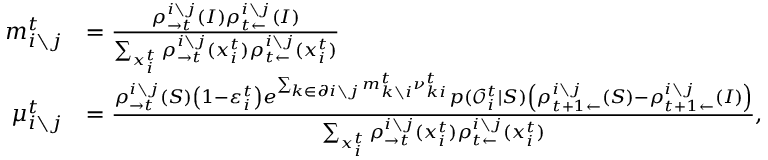
\begin{array} { r l } { m _ { i \setminus j } ^ { t } } & { = \frac { \rho _ { \rightarrow t } ^ { i \setminus j } ( I ) \rho _ { t \leftarrow } ^ { i \setminus j } ( I ) } { \sum _ { x _ { i } ^ { t } } \rho _ { \rightarrow t } ^ { i \setminus j } ( x _ { i } ^ { t } ) \rho _ { t \leftarrow } ^ { i \setminus j } ( x _ { i } ^ { t } ) } } \\ { \mu _ { i \setminus j } ^ { t } } & { = \frac { \rho _ { \rightarrow t } ^ { i \setminus j } ( S ) \left( 1 - \varepsilon _ { i } ^ { t } \right) e ^ { \sum _ { k \in \partial i \setminus j } m _ { k \setminus i } ^ { t } \nu _ { k i } ^ { t } } p ( \mathcal { O } _ { i } ^ { t } | S ) \left( \rho _ { t + 1 \leftarrow } ^ { i \setminus j } ( S ) - \rho _ { t + 1 \leftarrow } ^ { i \setminus j } ( I ) \right) } { \sum _ { x _ { i } ^ { t } } \rho _ { \rightarrow t } ^ { i \setminus j } ( x _ { i } ^ { t } ) \rho _ { t \leftarrow } ^ { i \setminus j } ( x _ { i } ^ { t } ) } , } \end{array}